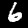
Label: 6